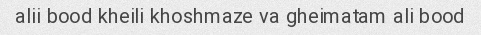
alii bood kheili khoshmaze va gheimatam ali bood